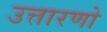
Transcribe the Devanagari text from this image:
उत्तारणो